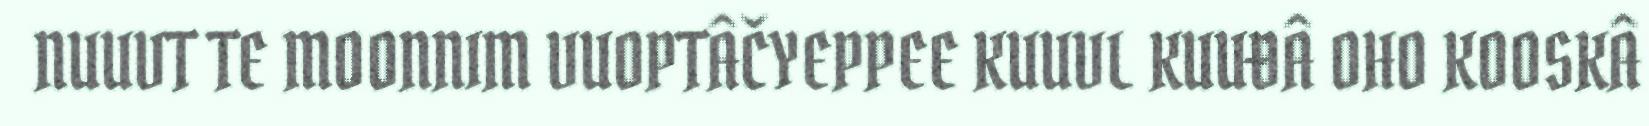
NUUVT TE MOONNIM VUOPTÂČYEPPEE KUUVL KUUĐÂ OHO KOOSKÂ